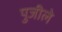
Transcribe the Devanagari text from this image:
पुजीले